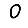
Digit: 0